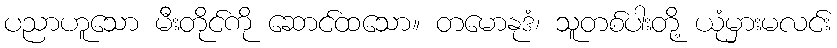
ပညာဟူသော မီးတိုင်ကို ဆောင်ထသော။ တမောနုဒံ၊ သူတစ်ပါးတို့ ယုံမှားမလင်း